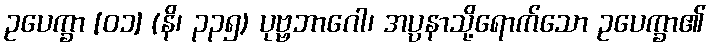
ဥပေက္ခာ [၀၁] (နိ၊ ၃၃၅) ပုဗ္ဗဘာဂေါ၊ အပ္ပနာသို့ရောက်သော ဥပေက္ခာ၏